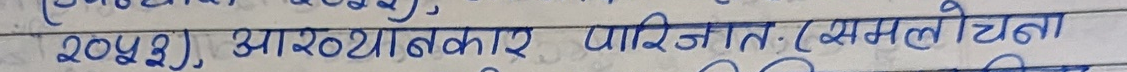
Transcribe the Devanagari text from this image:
२०४३] आशुतोषकार पारिजात (समलोचना